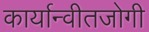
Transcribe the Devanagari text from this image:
कार्यान्वीतजोगी